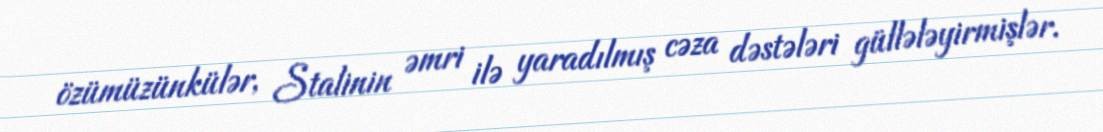
özümüzünkülər, Stalinin əmri ilə yaradılmış cəza dəstələri güllələyirmişlər.